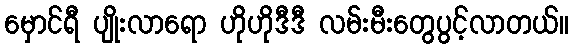
မှောင်ရီ ပျိုးလာရော ဟိုဟိုဒီဒီ လမ်းမီးတွေပွင့်လာတယ်။